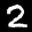
Label: 2